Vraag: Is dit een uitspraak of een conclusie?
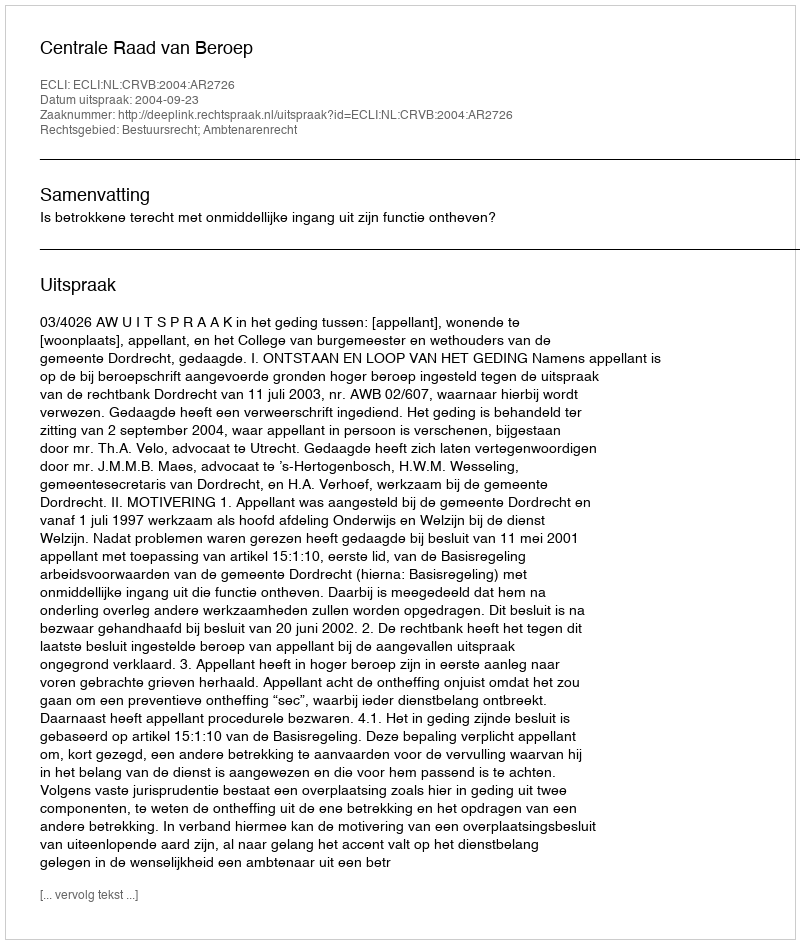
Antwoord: Uitspraak